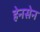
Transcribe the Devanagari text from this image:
हेनसेन